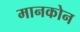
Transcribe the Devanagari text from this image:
मानकोन